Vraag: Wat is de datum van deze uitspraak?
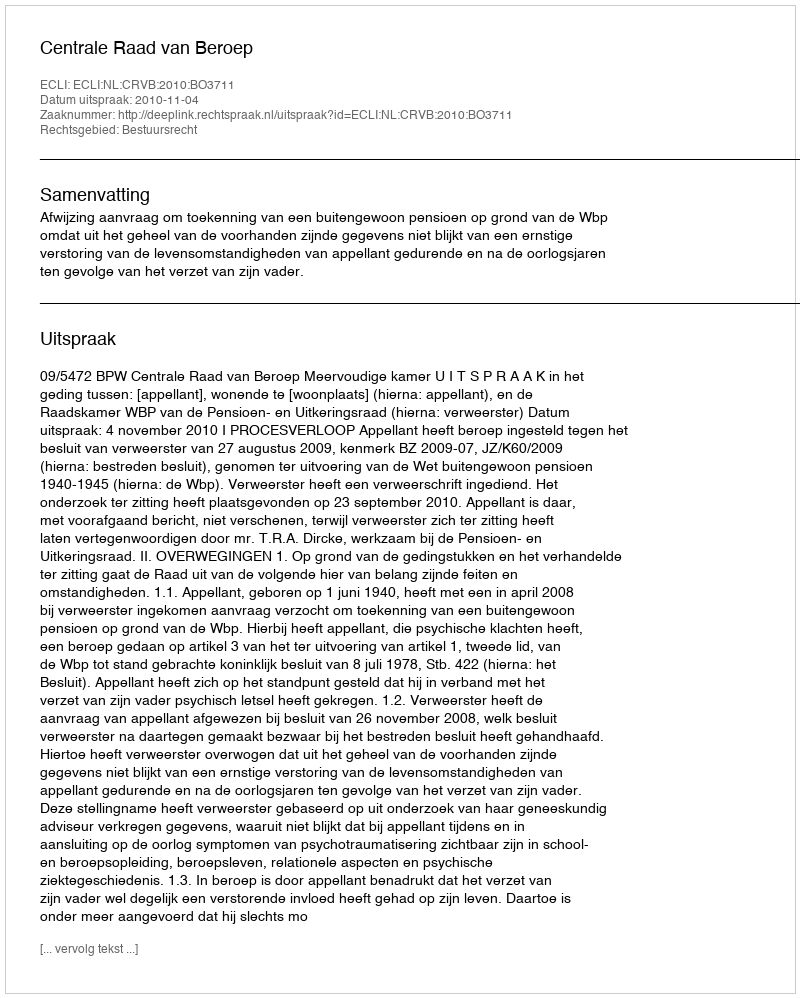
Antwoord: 2010-11-04